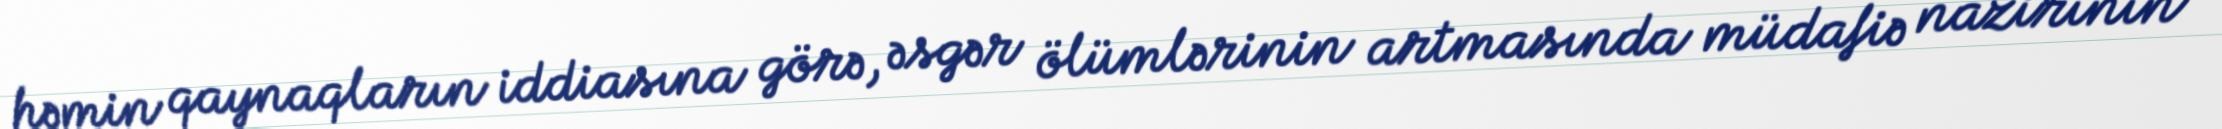
həmin qaynaqların iddiasına görə, əsgər ölümlərinin artmasında müdafiə nazirinin